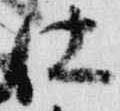
仕